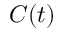
C ( t )